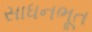
સાધનભૂત